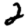
Digit: 2